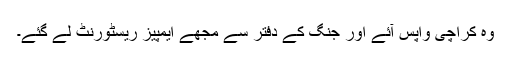
وہ کراچی واپس آئے اور جنگ کے دفتر سے مجھے ایمپیز ریسٹورنٹ لے گئے۔